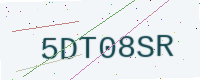
Text: 5DT08SR